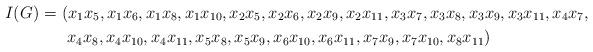
LaTeX: \begin{align*}I(G) = & \ (x_1x_5,x_1x_6,x_1x_8,x_1x_{10},x_2x_5,x_2x_6,x_2x_9,x_2x_{11},x_3x_7,x_3x_8,x_3x_9,x_3x_{11},x_4x_7,\\ & \ \ x_4x_8,x_4x_{10},x_4x_{11}, x_5x_8,x_5x_9,x_6x_{10},x_6x_{11},x_7x_9,x_7x_{10},x_8x_{11})\end{align*}